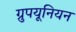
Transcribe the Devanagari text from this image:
ग्रुपयूनियन